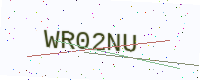
Text: WR02NU